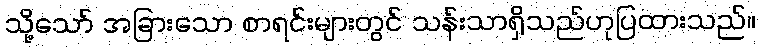
သို့သော် အခြားသော စာရင်းများတွင် သန်းသာရှိသည်ဟုပြထားသည်။